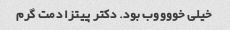
خیلی خووووب بود. دکتر پیتزا دمت گرم